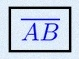
\overline{AB}